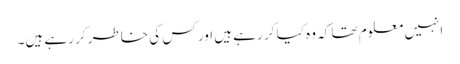
انہیں معلوم تھا کہ وہ کیا کر رہے ہیں اور کس کی خاطر کر رہے ہیں۔